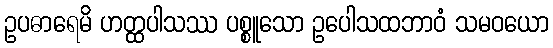
ဥပဓာရေမိ ဟတ္ထပါသဿ ပစ္စူသော ဥပေါသထဘာဝံ သမဝယော